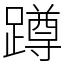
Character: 蹲